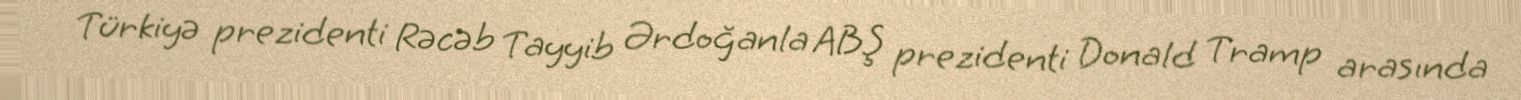
Türkiyə prezidenti Rəcəb Tayyib Ərdoğanla ABŞ prezidenti Donald Tramp arasında